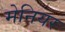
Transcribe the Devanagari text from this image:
मेनियर